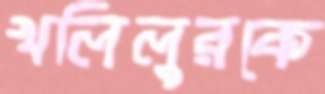
খলিলুরকে